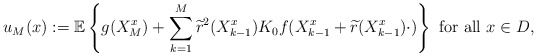
\begin{align*} u_M(x):=\mathbb{E}\left\{ g(X_M^{x})+\sum\limits_{k= 1}^M \widetilde{r}^2(X^{x}_{k-1})K_0f(X^{x}_{k-1}+\widetilde{r}(X^{x}_{k-1})\cdot)\right\} \mbox{ for all } x\in D,\end{align*}